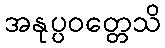
အနုပ္ပဝတ္တေသိ